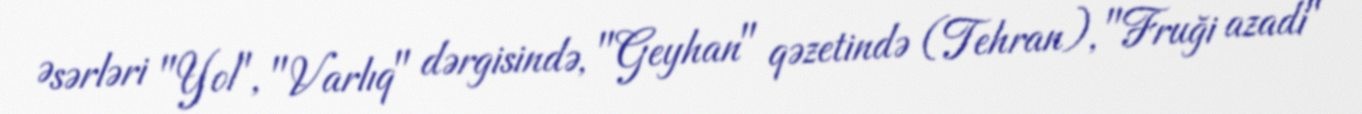
Əsərləri "Yol", "Varlıq" dərgisində, "Geyhan" qəzetində (Tehran), "Fruği azadi"